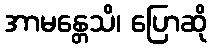
အာမန္တေသိ၊ ပြောဆို